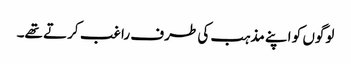
لوگوں کو اپنے مذہب کی طرف راغب کرتے تھے۔